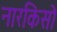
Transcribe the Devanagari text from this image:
नारकिसो